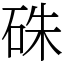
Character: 硃